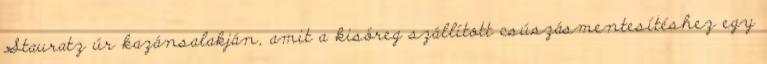
Stauratz úr kazánsalakján, amit a kisöreg szállított csúszásmentesítéshez egy